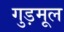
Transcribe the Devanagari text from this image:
गुड़मूल